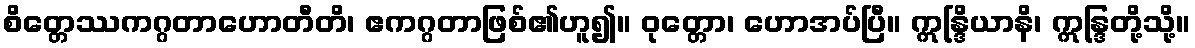
စိတ္တေဿကဂ္ဂတာဟောတီတိ၊ ဧကဂ္ဂတာဖြစ်၏ဟူ၍။ ဝုတ္တော၊ ဟောအပ်ပြီ။ ဣန္ဒြိယာနိ၊ ဣန္ဒြတို့သို့။